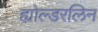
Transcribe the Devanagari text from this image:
ह्योल्डरलिन